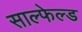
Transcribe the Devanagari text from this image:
साल्फेल्ड